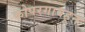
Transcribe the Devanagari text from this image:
कोपरगावहून